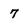
Character: 7